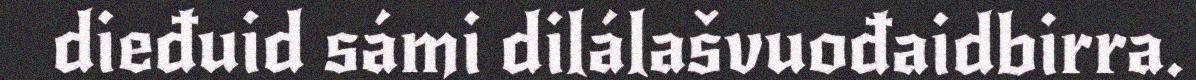
dieđuid sámi dilálašvuođaidbirra.